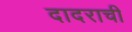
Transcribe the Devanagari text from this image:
दादराची